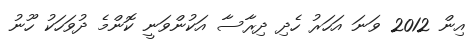
އިން 2012 ވަނަ އަހަރު ހެދި ދިރާސާ އަކުންވަނީ ކޮންމެ ދުވަހަކު ހޫނު